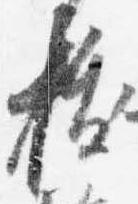
抜